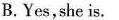
B.Yes,she is.